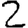
Digit: 2